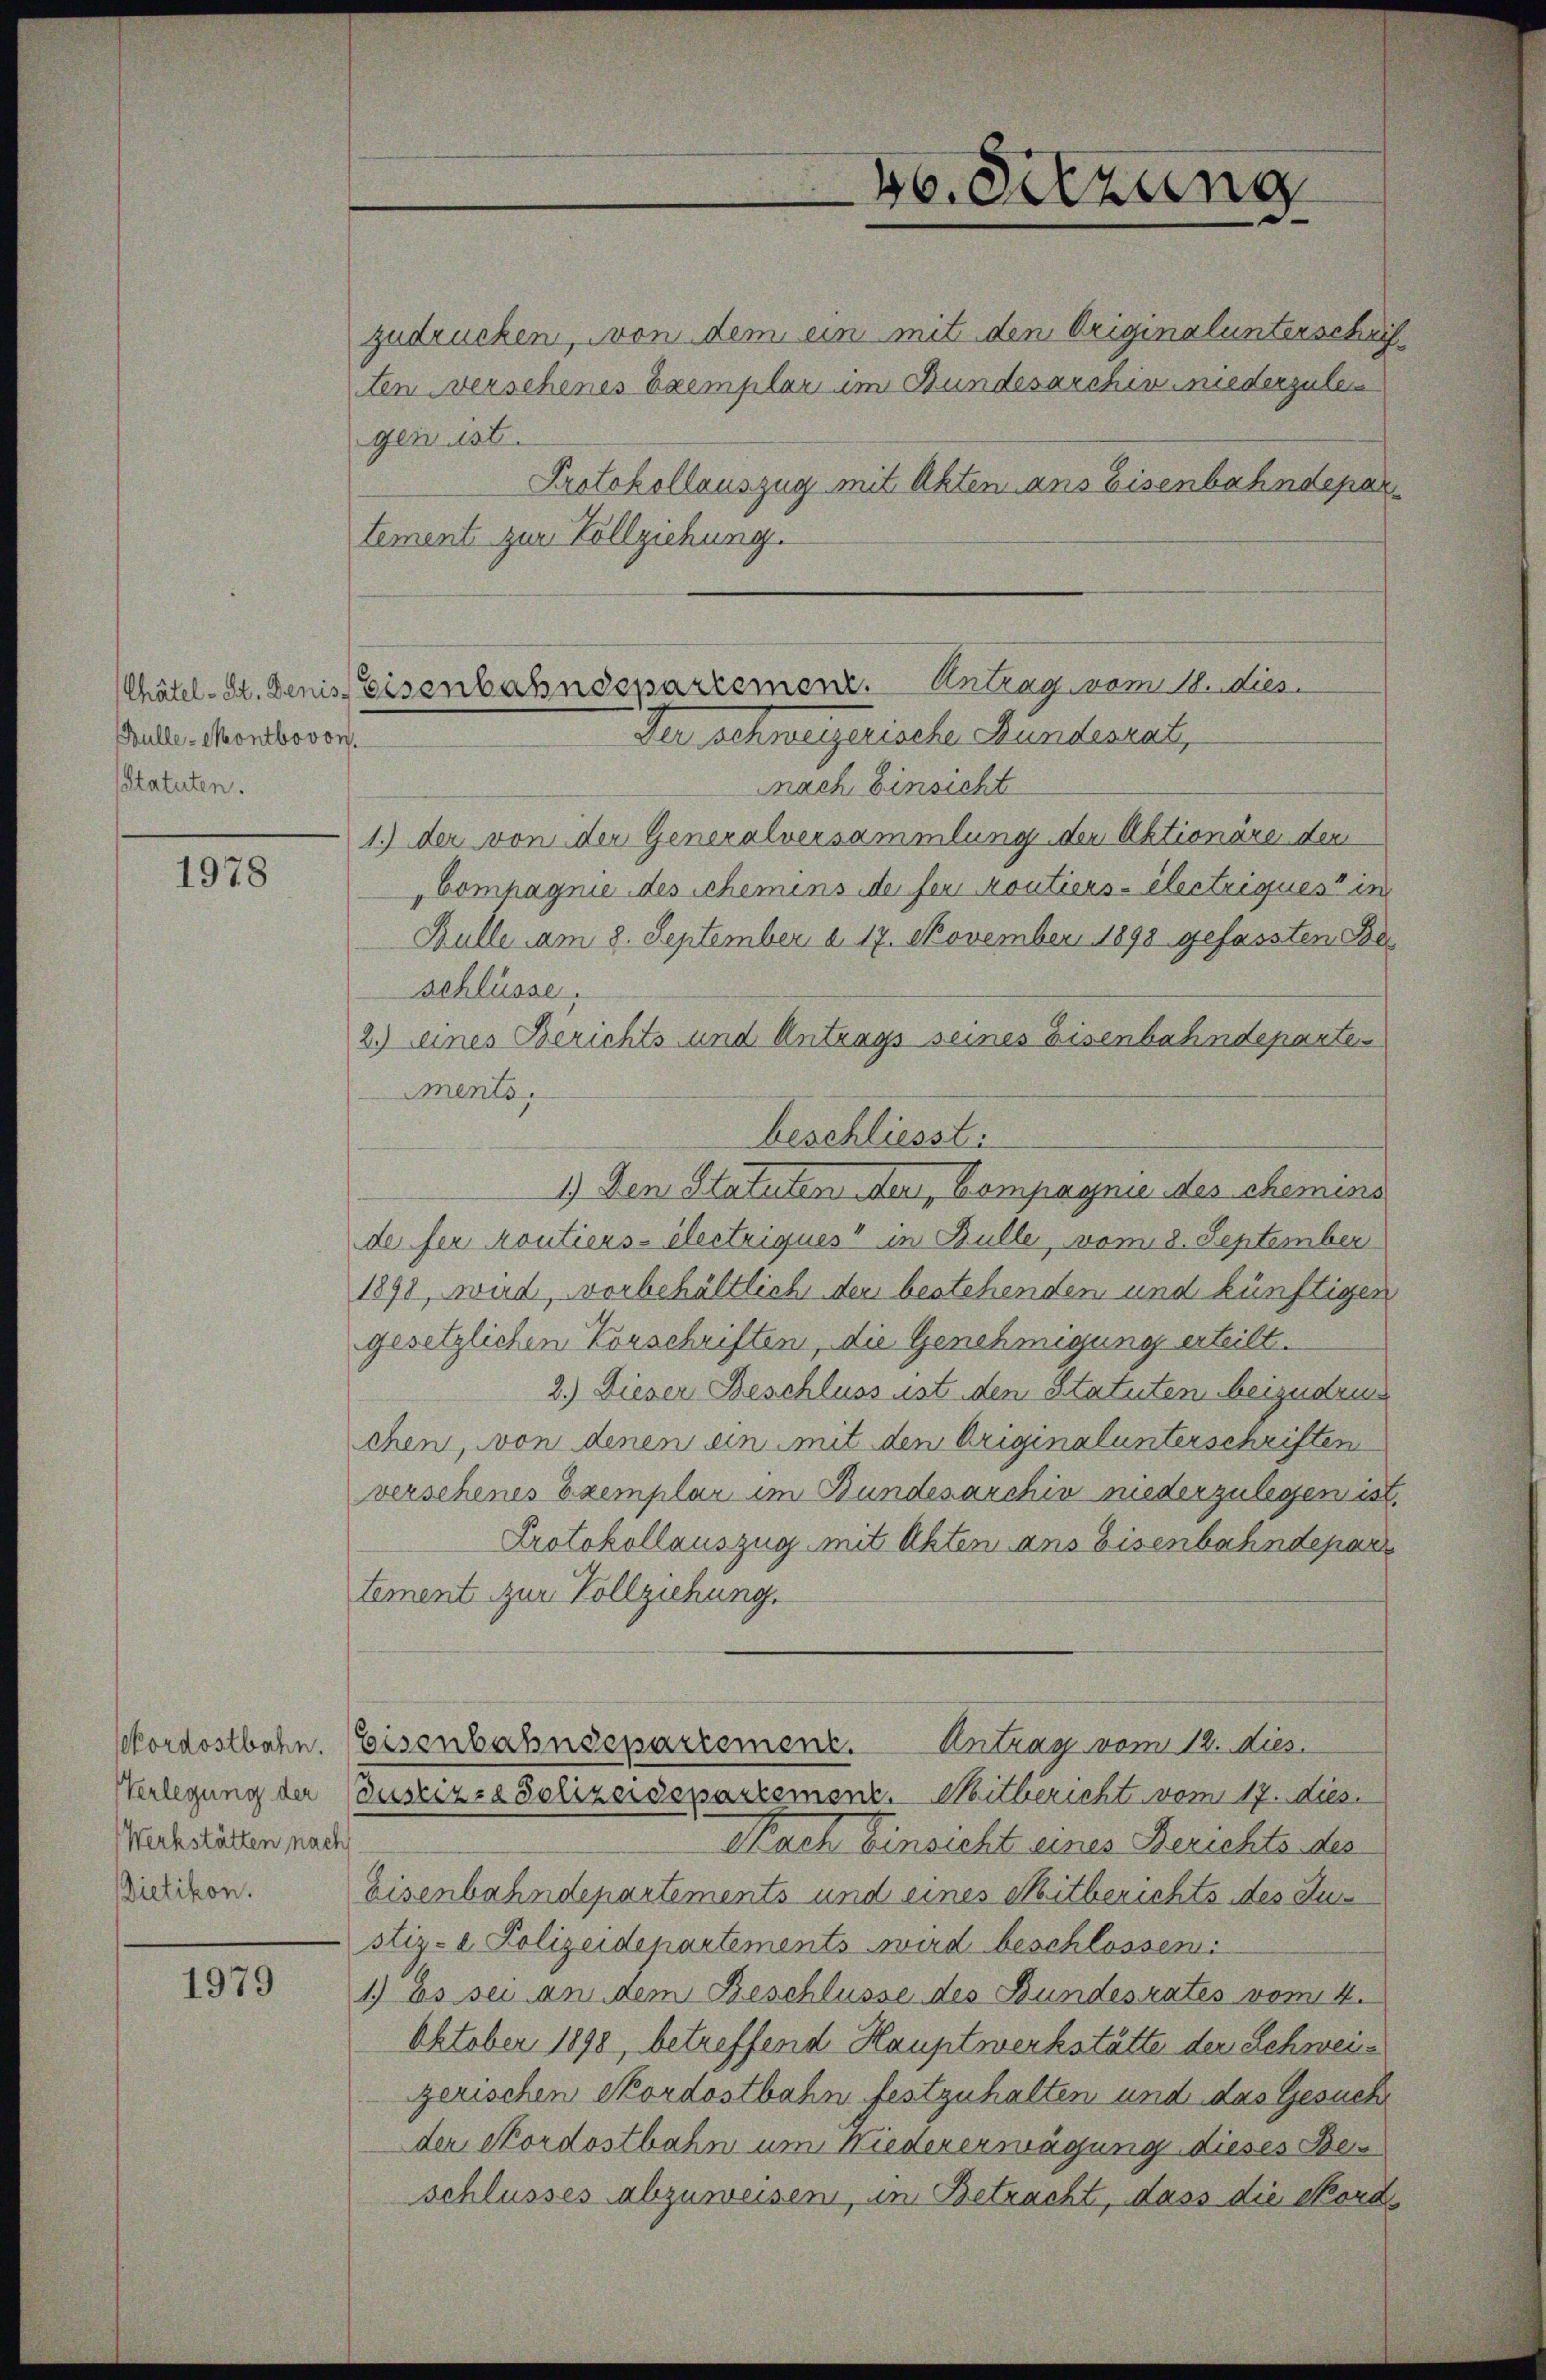
Bulle-Montbovon
sStatuten.

1978

skordostbahn.
Verlegung der
Werkstätten nach
Dietikon.

1979

zudrücken, von dem ein mit den Originalunterschri
ten verschenes Exemplar im Bundesarchiv niederzulei
gen ist.
Protokollauszug mit Akten ans Eisenbahndepar
tement zur Vollziehung.
nach Einsicht
1.) der von der Generalversammlung der Aktionäre der
Compagnie des Schemens de ser Moutiers-électriques in
Bulle am 8. September a. 17. November 1898 gefassten Be¬
Schlüsse.
2.) eines Berichts und Antrags seines Eisenbahndeparte
Ments.
beschliesst.
1.) Den Statuten Meri, Compagnie des chemins
de ser Moutiers-électriques“ in Bulle, vom 8. September
1898, wird, vorbehältlich der bestehenden und künftigen
gesetzlichen Vorschriften, die Genehmigung erteilt.
2.) Dieser Beschluss ist den Statuten beizudru
chen, von denen ein mit den Originalunterschriften
verschenes Exemplar im Bundesarchiv niederzulegen ist.
Protokollauszug mit Akten ans Eisenbahndepar
tement zur Vollziehung.
Antrag vom 12. dies
Eisenbahndepartement.
Justiz- & Polizeidepartement. Mitbericht vom 17. dies
Nach Einsicht eines Berichts des
Eisenbahndepartements und eines Mitberichts des Ausstiz- & Polizeidepartements wird beschlossen:
1.) Es sei an dem Beschlüsse des Bundesrates vom 4.
Oktober 1898, betreffend Hauptwerkstätte der Schweizerischen Skordostbahn festzuhalten und das Gesuch
der Skordostbahn um Niedererwägung dieses Beschlusses abzuweisen, in Betracht, dass die Nord

46. Setzung

Chätel-St. Denis Eisenbahndepartement. Antrag vom 18. dies
Der schweizerische Bundesert,

2